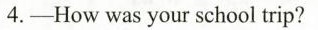
4.___How was your school trip?